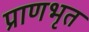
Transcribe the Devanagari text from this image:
प्राणभृत